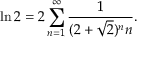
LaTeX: \ln 2 = 2 \sum _ { n = 1 } ^ { \infty } { \frac { 1 } { ( 2 + { \sqrt { 2 } } ) ^ { n } n } } .